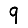
Digit: 9